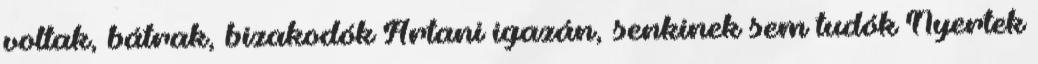
voltak, bátrak, bizakodók Ártani igazán, senkinek sem tudók Nyertek